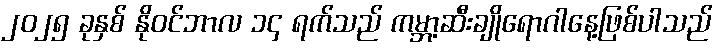
၂၀၂၅ ခုနှစ် နိုဝင်ဘာလ ၁၄ ရက်သည် ကမ္ဘာ့ဆီးချိုရောဂါနေ့ဖြစ်ပါသည်